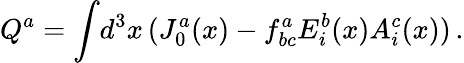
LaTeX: Q^{a}=\int\! d^{3}x\, (J_{0}^{a}(x)-f_{bc}^{a}E_{i}^{b}(x)A_{i}^{c}(x))\, .